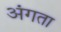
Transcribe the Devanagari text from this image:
अंगता